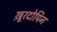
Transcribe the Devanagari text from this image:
ख़ुरदोपिन